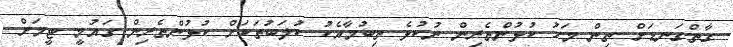
ގާތްގަނޑަށް ތިން މަހު ކުޅުންތެރިން ނުކުޅެ ތިބުމާއެކު ކުލަބުތަކަށް ކުޅުންތެރިން ގައުމީ ޓީމަށް